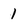
Character: 1